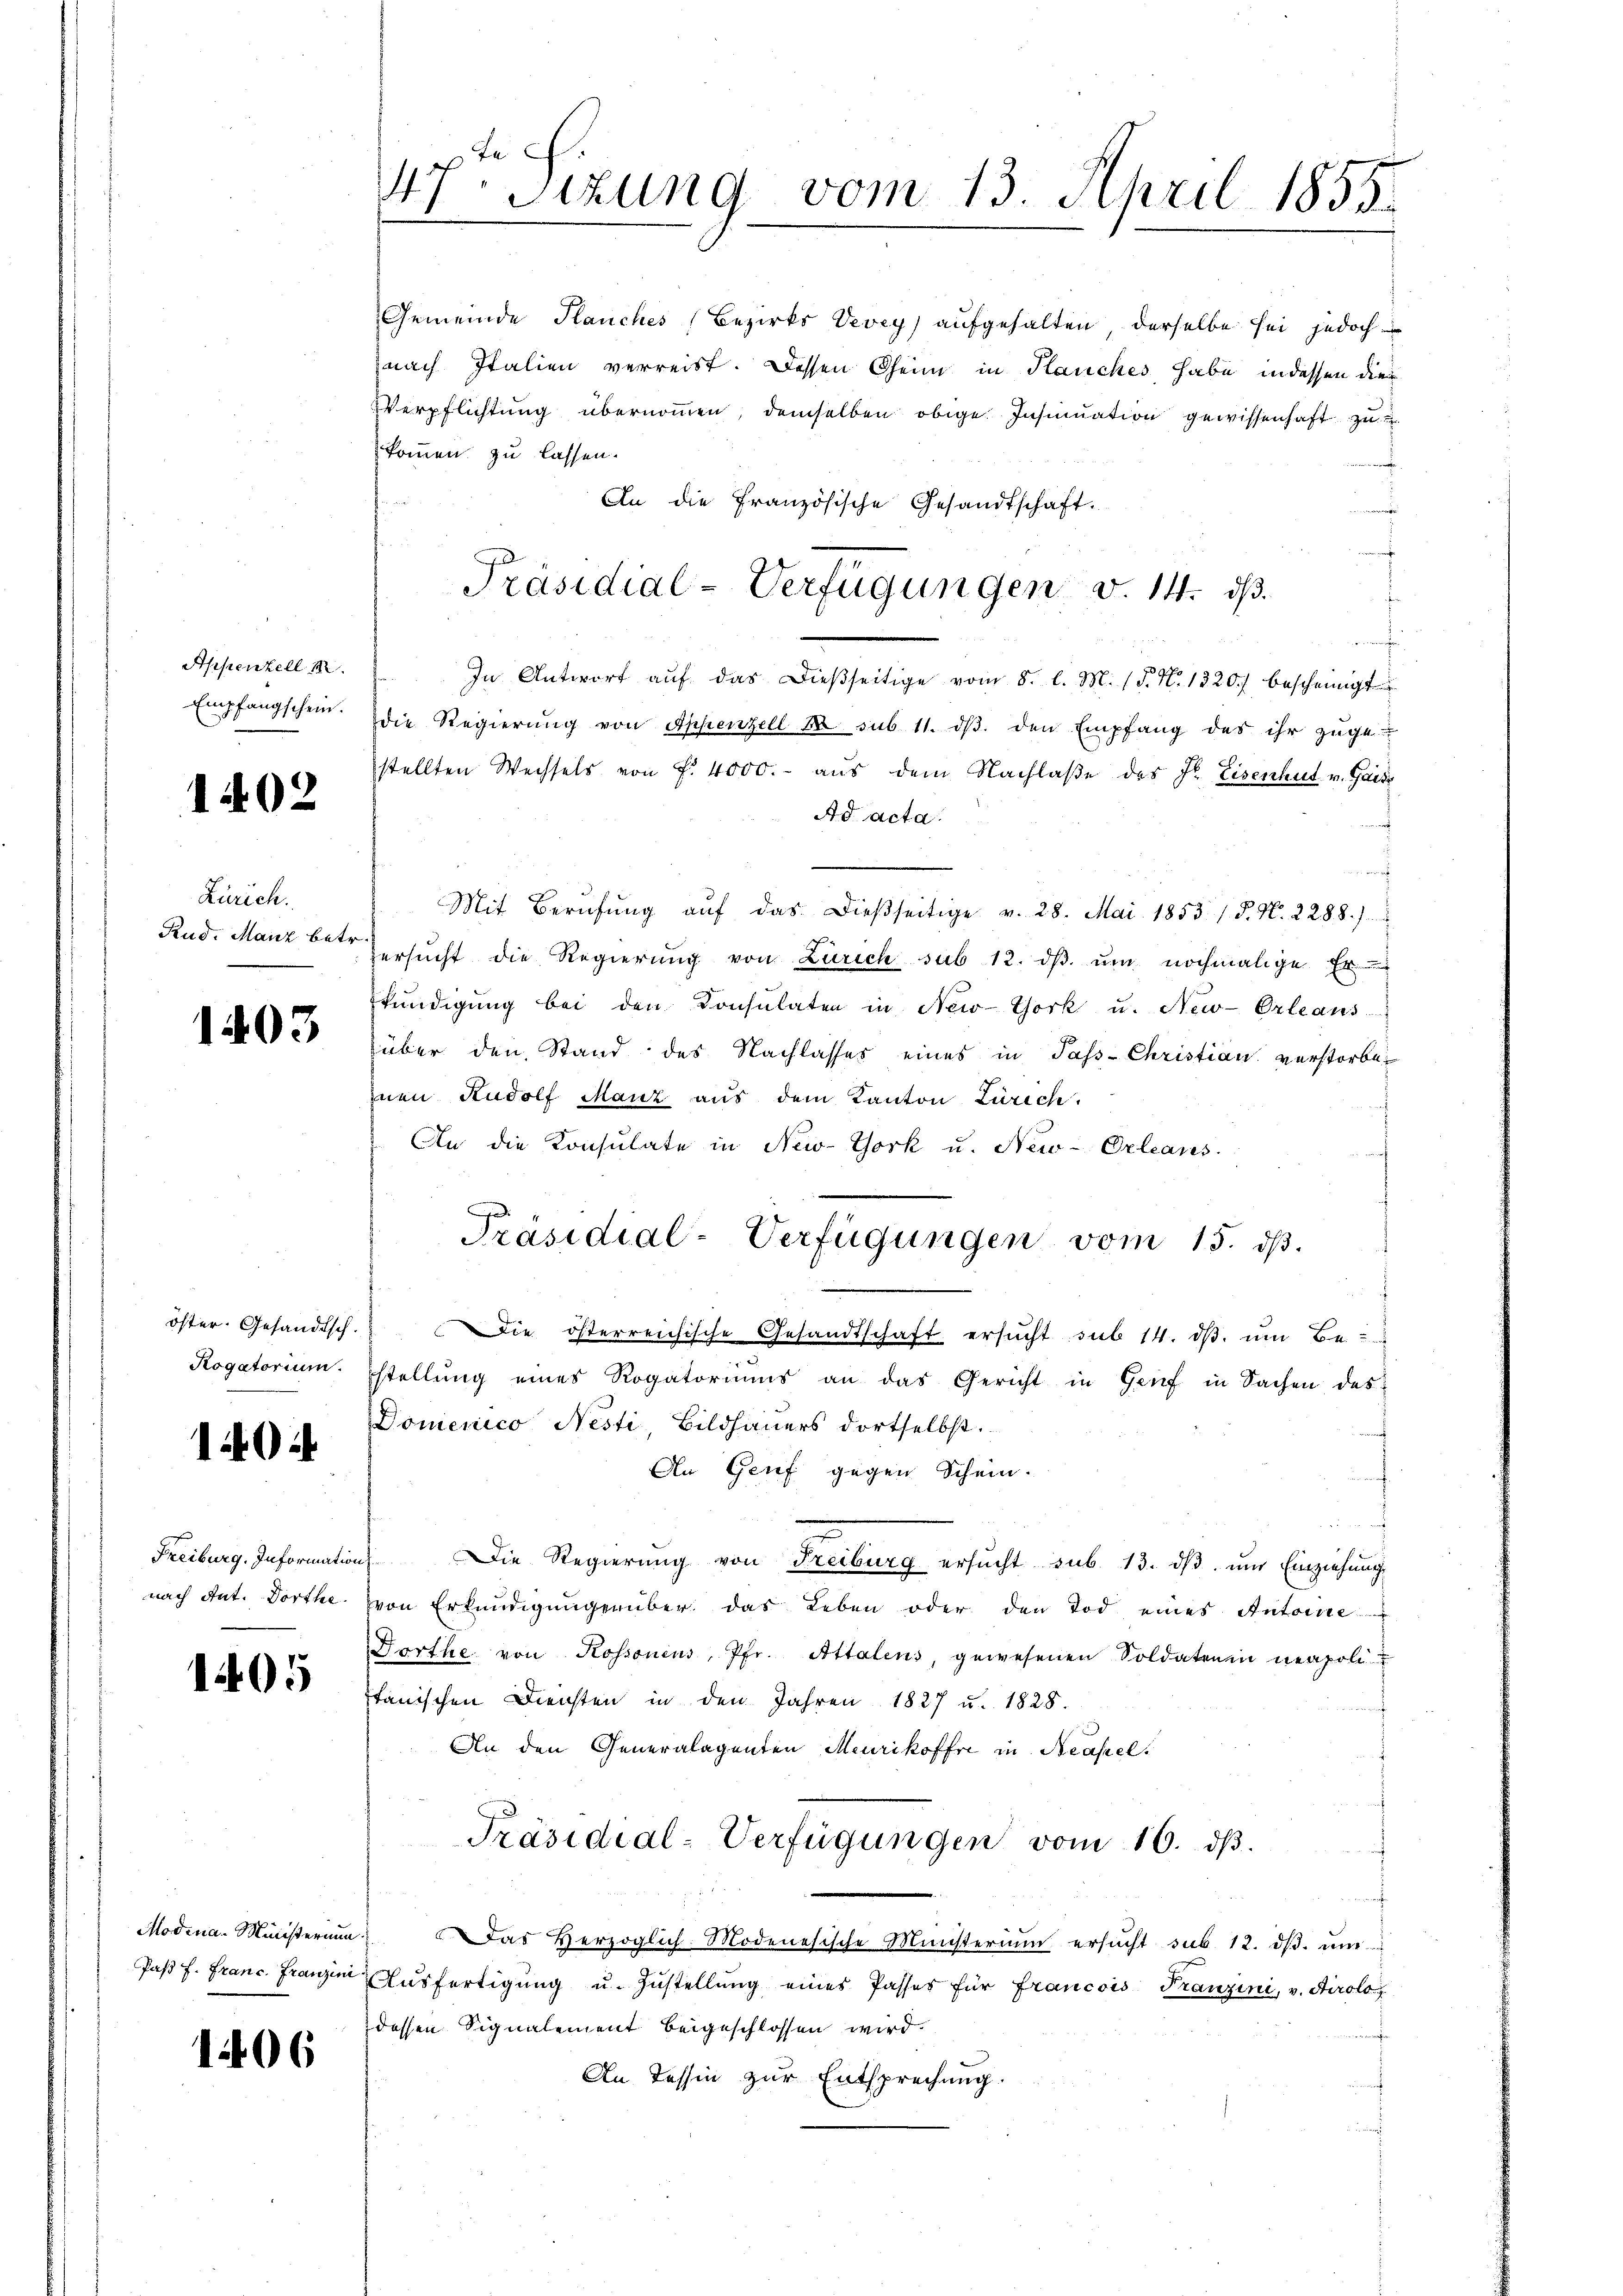
Appenzell m
Empfangschein.

1402

Zürich.
Rud. Manz betr.

1403

öster. Gesandtsch.
Rogatorium.

1404

Freiburg. Information
nach Ant. Dorthe

1405

Modena-Ministerium
Paßt f. Franc. Franzini

1406

7. Sizung vom 13. April 1855.

Gemeinde Planches (Bezirks Vevey) aufgehalten, derselbe sei jedoch
nach Italien verreist. Dessen Theim in Planches habe, indessen dies
Verpflichtung übernommen, demselben obige Insinuation gewissenhaft zu
kommen zu lassen.
An die französische Gesandtschaft.
wer
u er
In Antwort auf das dießseitige vom 8. l. M. (§. N. 1320) bescheinigt
die Regierŭng von Appenzell A. sub 11. dβ. den Empfang des ihr zŭge-
stellten Wechsels von f. 4000.- aus dem Nachlaße des Sr. Eisenhut v. Gais
Ad acta
Mit Berufung aŭf das dießseitige v. 28. Mai 1853 / 5. N. 2288.)
ersŭcht die Regierŭng von Zürich sub 12. dβ ŭm nochmalige Er-
kündigung bei den Consulaten in New-York u. New-Orleans
über den Stand des Nachlasses eines in Pass-Christian verstorbenen Rudolf Manz aus dem Kanton Zürich
An die Konsulate in New-York u. New-Orleans
Präsidial-Verfügungen vom 15. dβ.
Die österreichische Gesandtschaft ersŭcht sub 14. dβ. ŭm Be
stellung eines Rogatoriums an das Gericht in Genf in Sachen des
Domenico Nesti, Bildhauers dortselbst.
An Genf gegen Schein.
n
Die Regierung von Freiburg ersŭcht sub. 13. dβ. und Einziehung
von Erkundigungenüber das Leben oder den Tod eines Antoine
Vorthe von Rossonens, Pfr. Attalens, gewesenen Soldaten in neapoli-
anischen Diensten in den Jahren 1827 u. 1828.
An den Generalagenten Meurikoffre in Neapel
Präsidial-Verfügungen vom 16. dβ.
Das Herzoglich-Modenesische Ministerium ersŭcht sub. 12. dβ. ŭm
Aŭsfertigŭng u. Zŭstellŭng eines Passes für francois Franzini, v. Airoloessen Signalement beigeschlossen wird.
An Tessin zur Entsprechung.

Präsidial-Verfügungen d. 14. ds.